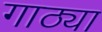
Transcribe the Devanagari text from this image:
गाठ्या